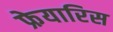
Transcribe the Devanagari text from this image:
फ्रेयारिस